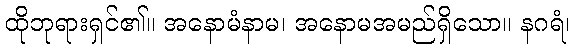
ထိုဘုရားရှင်၏။ အနောမံနာမ၊ အနောမအမည်ရှိသော။ နဂရံ၊